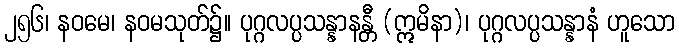
၂၅၆၊ နဝမေ၊ နဝမသုတ်၌။ ပုဂ္ဂလပ္ပသန္နာနန္တီ (ဣမိနာ)၊ ပုဂ္ဂလပ္ပသန္နာနံ ဟူသော